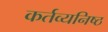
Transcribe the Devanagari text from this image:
कर्तव्‍यनिष्‍ठ